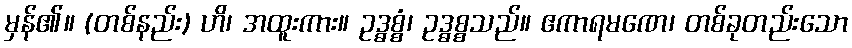
မှန်၏။ (တစ်နည်း) ဟိ၊ အထူးကား။ ဥဒ္ဓစ္စံ၊ ဥဒ္ဓစ္စသည်။ ဧကာရမဏေ၊ တစ်ခုတည်းသော